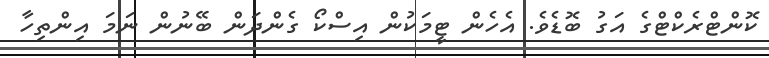
ކޮންޓްރެކްޓްގެ އަގު ބޮޑެވެ. އެހެން ޓީމަކުން އިސްކޯ ގެންދަން ބޭނުން ނަމަ އިންތިހާ